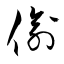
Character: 偸